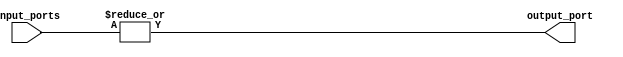
module OR_gate (
  input [63:0] input_ports,
  output output_port
);

assign output_port = |input_ports;

endmodule